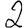
Digit: 2